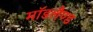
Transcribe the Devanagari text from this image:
मॉडलैण्ड